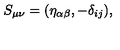
S _ { \mu \nu } = ( \eta _ { \alpha \beta } , - \delta _ { i j } ) ,